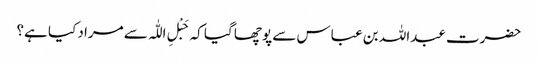
حضرت عبداللہ بن عباس سے پوچھا گیا کہ حَبْلِ اللّٰہ سے مراد کیا ہے؟